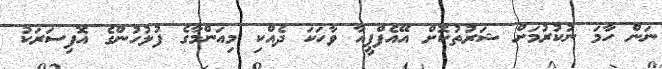
ނަން ހާމަ ނުކުރުމަށް ޝަރުތުކޮށް އޭއެފްޕީއާ ވާހަކަ ދެއްކި މިއަންމާގެ ފުލުހުންގެ އޮފިސަރަކު